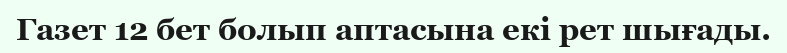
Газет 12 бет болып аптасына екі рет шығады.